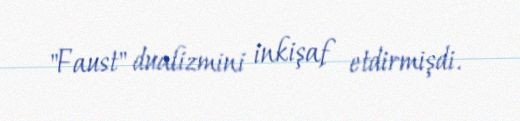
"Faust" dualizmini inkişaf etdirmişdi.